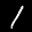
Label: 1